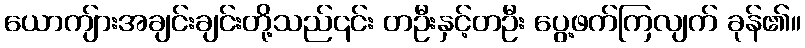
ယောကျ်ားအချင်းချင်းတို့သည်၎င်း တဦးနှင့်တဦး ပွေ့ဖက်ကြလျက် ခုန်၏။